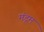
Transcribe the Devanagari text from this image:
मंद्रम